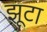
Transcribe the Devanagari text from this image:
झूटा